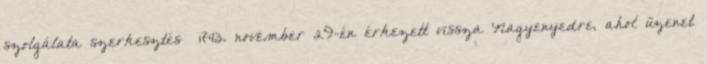
szolgálata szerkesztés 1743. november 29-én érkezett vissza Nagyenyedre, ahol üzenet